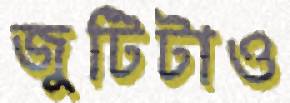
জুটিটাও